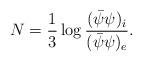
LaTeX: \begin{align*}N=\frac{1}{3}\log \frac{(\bar{\psi}{\psi})_i}{(\bar{\psi}{\psi})_e}.\end{align*}